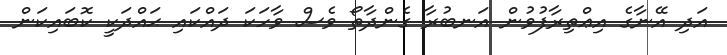
އަދި އޭނާގެ އިޢްތިރާފުވުން އަނބުރާ ގެންދާތޯ ވެސް ވާހަކަ ދައްކައި ޙައްދަކީ ކޮބައިކަން